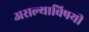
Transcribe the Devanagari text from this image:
असल्याविषयी